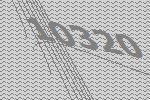
10320